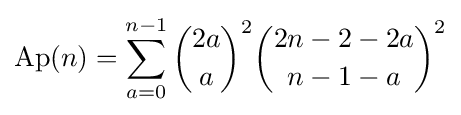
\operatorname {Ap} (n)=\sum _{a=0}^{n-1}{\binom {2a}{a}}^{2}{\binom {2n-2-2a}{n-1-a}}^{2}